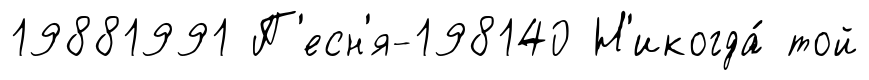
19881991 П'есн'я-198140 Н'икогда́ той